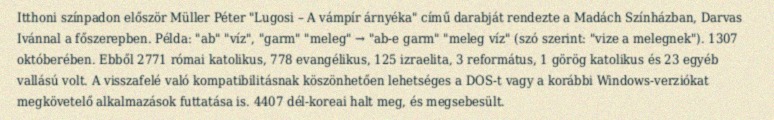
Itthoni színpadon először Müller Péter "Lugosi – A vámpír árnyéka" című darabját rendezte a Madách Színházban, Darvas Ivánnal a főszerepben. Példa: "ab" "víz", "garm" "meleg" → "ab-e garm" "meleg víz" (szó szerint: "vize a melegnek"). 1307 októberében. Ebből 2771 római katolikus, 778 evangélikus, 125 izraelita, 3 református, 1 görög katolikus és 23 egyéb vallású volt. A visszafelé való kompatibilitásnak köszönhetően lehetséges a DOS-t vagy a korábbi Windows-verziókat megkövetelő alkalmazások futtatása is. 4407 dél-koreai halt meg, és megsebesült.